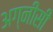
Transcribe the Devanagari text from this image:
अग्नीसी